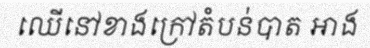
ឈើនៅខាងក្រៅតំបន់បាត អាង